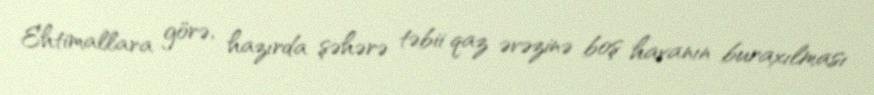
Ehtimallara görə, hazırda şəhərə təbii qaz əvəzinə boş havanın buraxılması